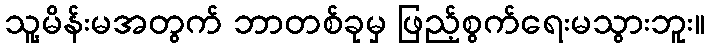
သူ့မိန်းမအတွက် ဘာတစ်ခုမှ ဖြည့်စွက်ရေးမသွားဘူး။